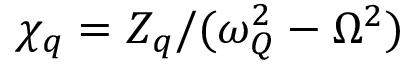
\chi _ { q } = Z _ { q } / ( \omega _ { Q } ^ { 2 } - \Omega ^ { 2 } )